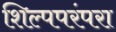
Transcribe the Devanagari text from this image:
शिल्पपरंपरा